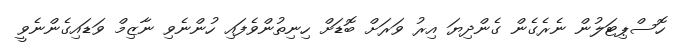
ހޮސްޕިޓަލުން ނެރެގެން ގެންދިޔަ އިރު ވަރަށް ބޮޑަށް ހިނިތުންވެފައި ހުންނެވި ނާޒިމް ވަޑައިގެންނެވީ